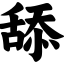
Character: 舔